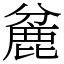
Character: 麄